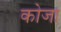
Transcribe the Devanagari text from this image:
कोजा